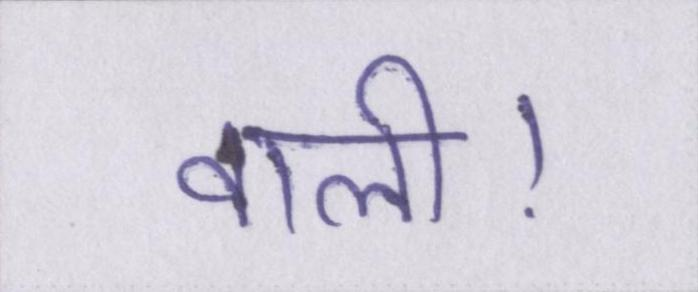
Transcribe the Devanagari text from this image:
वाली।